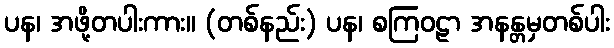
ပန၊ အဖို့တပါးကား။ (တစ်နည်း) ပန၊ စကြဝဠာ အနန္တမှတစ်ပါး